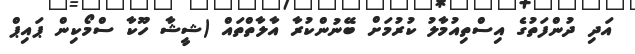
އަދި ދުންފަތުގެ އިސްތިއުމާލު ކުރުމަށް ބޭނުންކުރާ އާލާތްތައް (ޝީޝާ ހޫކާ ސްމޯކިން ޕައިޕް